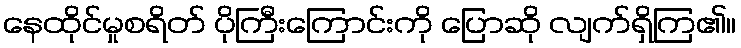
နေထိုင်မှုစရိတ် ပိုကြီးကြောင်းကို ပြောဆို လျက်ရှိကြ၏။